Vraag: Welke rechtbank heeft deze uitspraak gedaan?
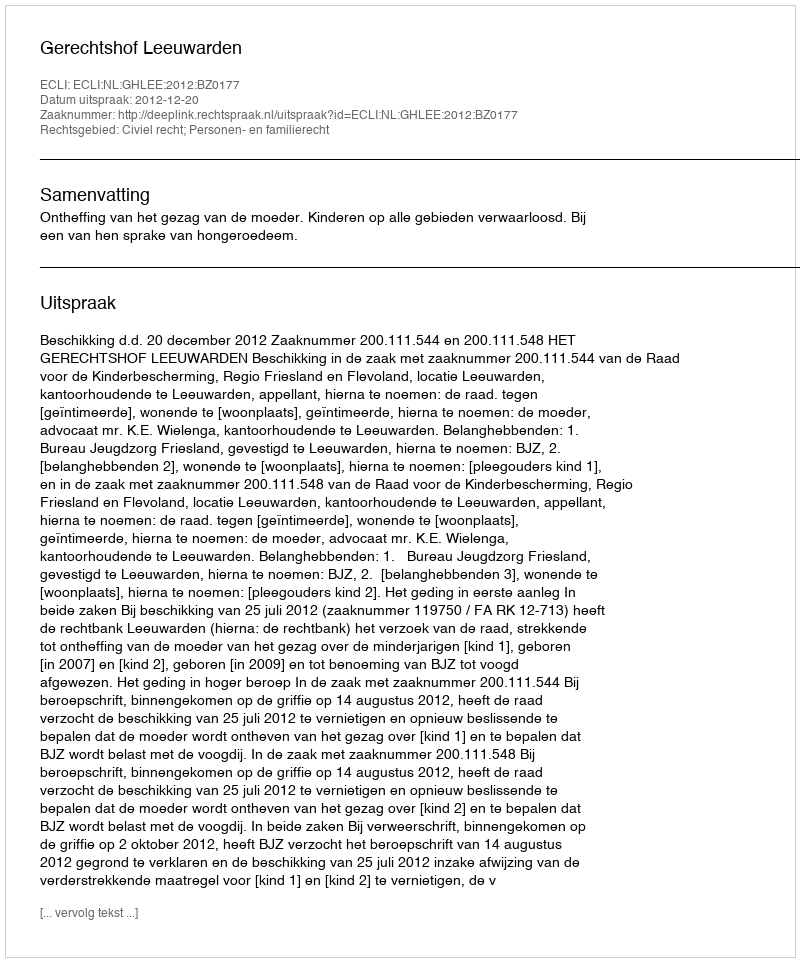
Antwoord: Gerechtshof Leeuwarden